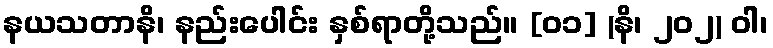
နယသတာနိ၊ နည်းပေါင်း နှစ်ရာတို့သည်။ [၀၁] (နိ၊ ၂၀၂) ဝါ၊